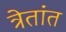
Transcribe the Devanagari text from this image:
त्रेतांत